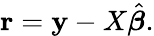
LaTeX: \mathbf{r}=\mathbf{y}-X{\hat{\boldsymbol{\beta}}}.